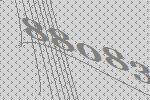
88083